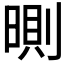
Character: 𣉇